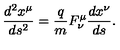
\frac { d ^ { 2 } x ^ { \mu } } { d s ^ { 2 } } = \frac { q } { m } F _ { \nu } ^ { \mu } \frac { d x ^ { \nu } } { d s } .